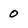
Character: 0